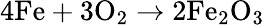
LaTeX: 4\mathrm{Fe+3O_{2}\rightarrow 2Fe_{2}O_{3}}